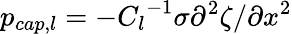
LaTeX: p_{cap,l}=-{C_{l}}^{-1}\sigma\partial^{2}\zeta/\partial x^{2}